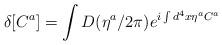
LaTeX: \begin{align*}\delta [C^a]=\int D(\eta ^a/2\pi )e^{i\int d^4x\eta ^aC^a}\end{align*}